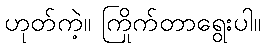
ဟုတ်ကဲ့။ ကြိုက်တာရွေးပါ။